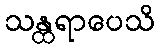
သန္ထရာပေသိ